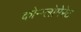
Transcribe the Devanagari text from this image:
कोन्ग्लोमेरेट